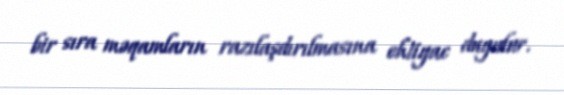
bir sıra məqamların razılaşdırılmasına ehtiyac duyulur.